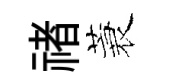
禇蓑